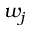
w _ { j }